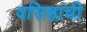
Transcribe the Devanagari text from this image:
वसिष्ठांची